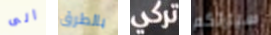
الى بالطرق تركي سيارتكم